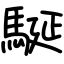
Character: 駳